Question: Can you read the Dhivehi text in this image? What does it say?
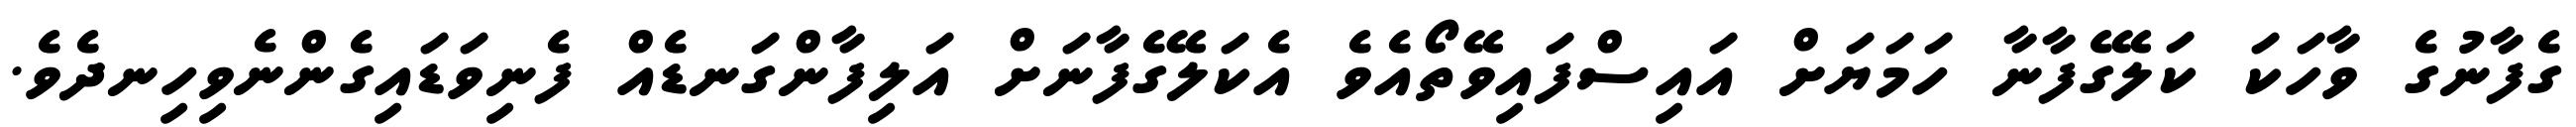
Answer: ގެފާނުގެ ވާހަކަ ކަލޭގެފާނާ ހަމަޔަށް އައިސްފައިވޭތޯއެވެ އެކަލޭގެފާނަށް އަލިފާންގަނޑެއް ފެނިވަޑައިގެންނެވިހިނދެވެ.